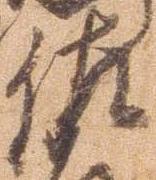
佐